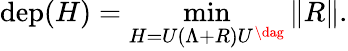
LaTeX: \mathrm{dep}(H)=\operatorname*{min}_{H=U(\Lambda+R)U^{\dag}}\| R\| .